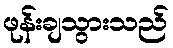
ဖုန်းချသွားသည်